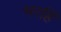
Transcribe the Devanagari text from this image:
भरहिं